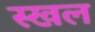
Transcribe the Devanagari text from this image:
स्खल